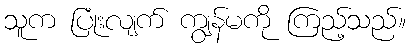
သူက ပြုံးလျက် ကျွန်မကို ကြည့်သည်။